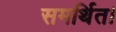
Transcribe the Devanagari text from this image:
समर्थित।